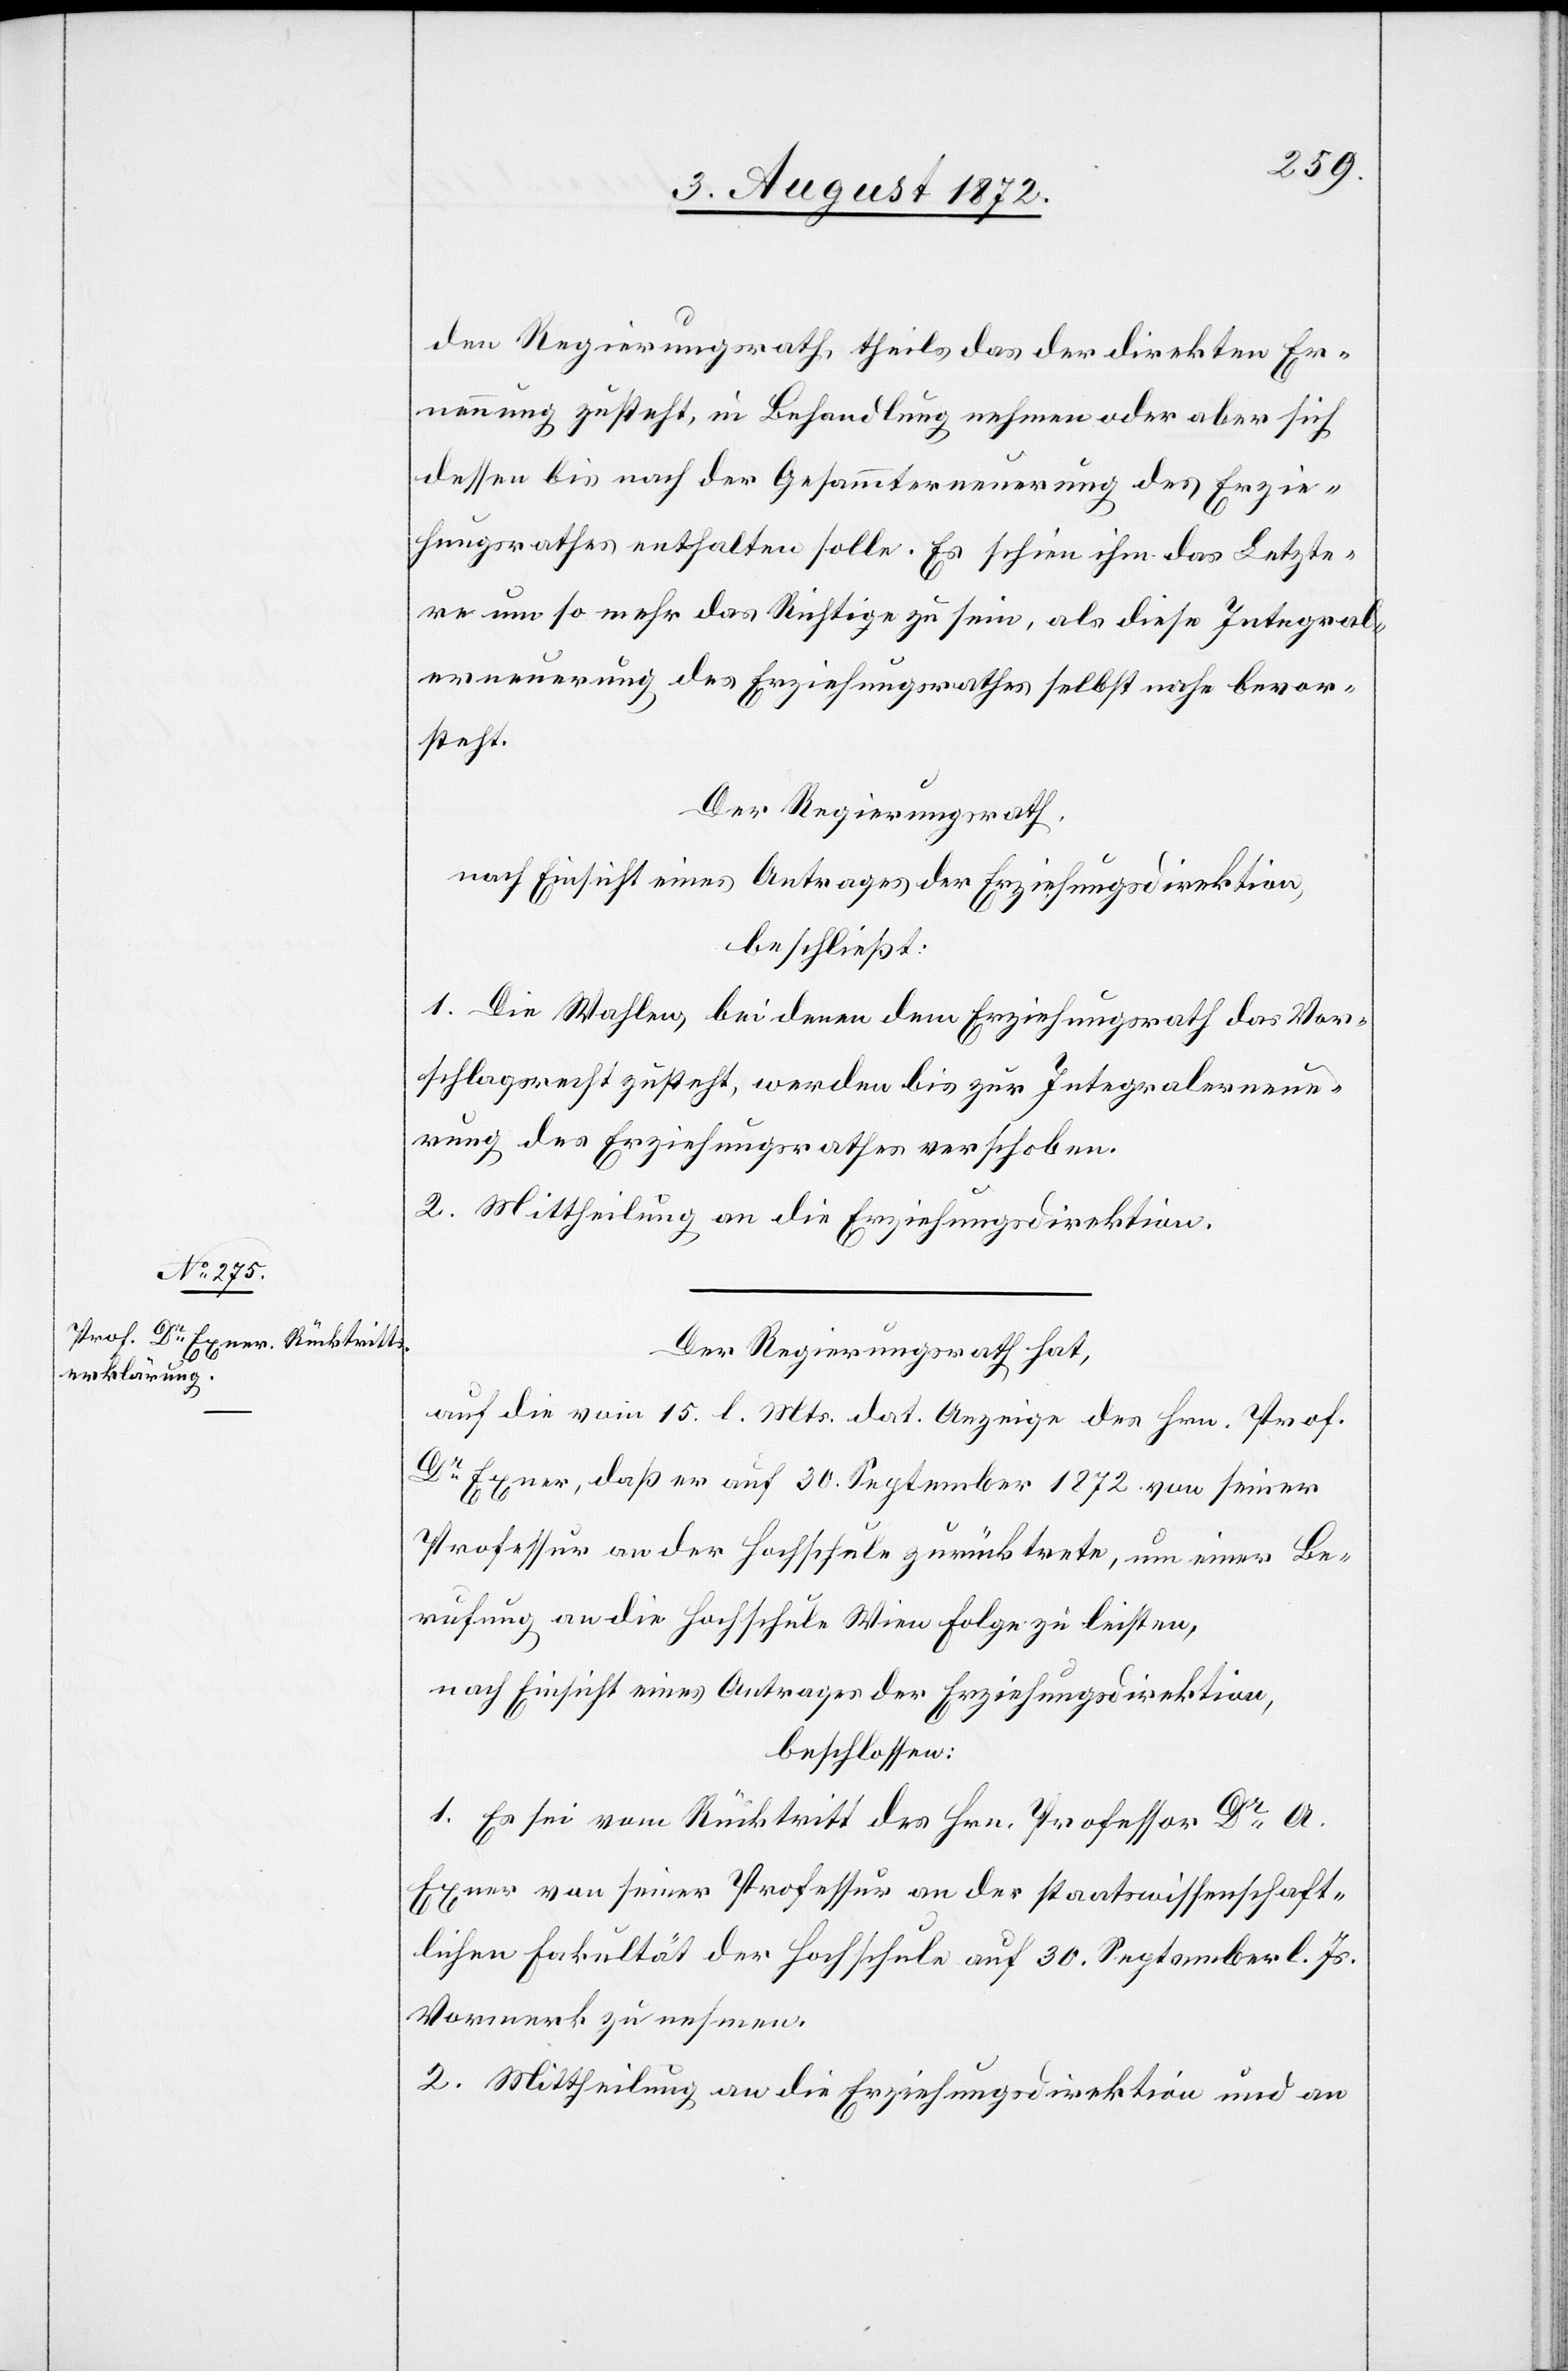
den Regierungsrath, theils das der direkten Er¬
nennung zusteht, in Behandlung nehmen oder aber sich
dessen bis nach der Gesammterneuerung des Erzie¬
hungsrathes enthalten solle. Es schien ihm das Letzte¬
re um so mehr das Richtige zu sein, als diese Integral¬
erneuerung des Erziehungsrathes selbst nahe bevor¬
steht.
Der Regierungsrath,
nach Einsicht eines Antrages der Erziehungsdirektion,
beschließt:
1. Die Wahlen, bei denen dem Erziehungsrath das Vor¬
schlagsrecht zusteht, werden bis zur Integralerneue¬
rung des Erziehungsrathes verschoben.
2. Mittheilung an die Erziehungsdirektion.
Der Regierungsrath hat,
auf die vom 15. l. Mts. dat. Anzeige des Hrn. Prof.
Dr Exner, daß er auf 30. September 1872 von seiner
Professur an der Hochschule zurücktrete, um einer Be¬
rufung an die Hochschule Wien Folge zu leisten,
nach Einsicht eines Antrages der Erziehungsdirektion,
beschlossen:
1. Es sei vom Rücktritt des Hrn. Professor Dr A.
Exner von seiner Professur an der staatswissenschaft¬
lichen Fakultät der Hochschule auf 30. September l. Js.
Vormerk zu nehmen.
2. Mittheilung an die Erziehungsdirektion und an